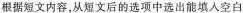
根据短文内容,从短文后的选项中选出能填入空白